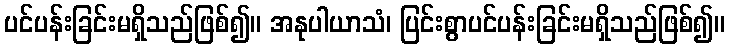
ပင်ပန်းခြင်းမရှိသည်ဖြစ်၍။ အနုပါယာသံ၊ ပြင်းစွာပင်ပန်းခြင်းမရှိသည်ဖြစ်၍။